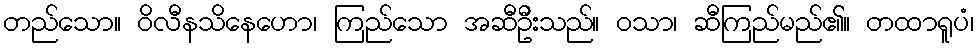
တည်သော။ ဝိလီနသိနေဟော၊ ကြည်သော အဆီဦးသည်။ ဝသာ၊ ဆီကြည်မည်၏။ တထာရူပံ၊